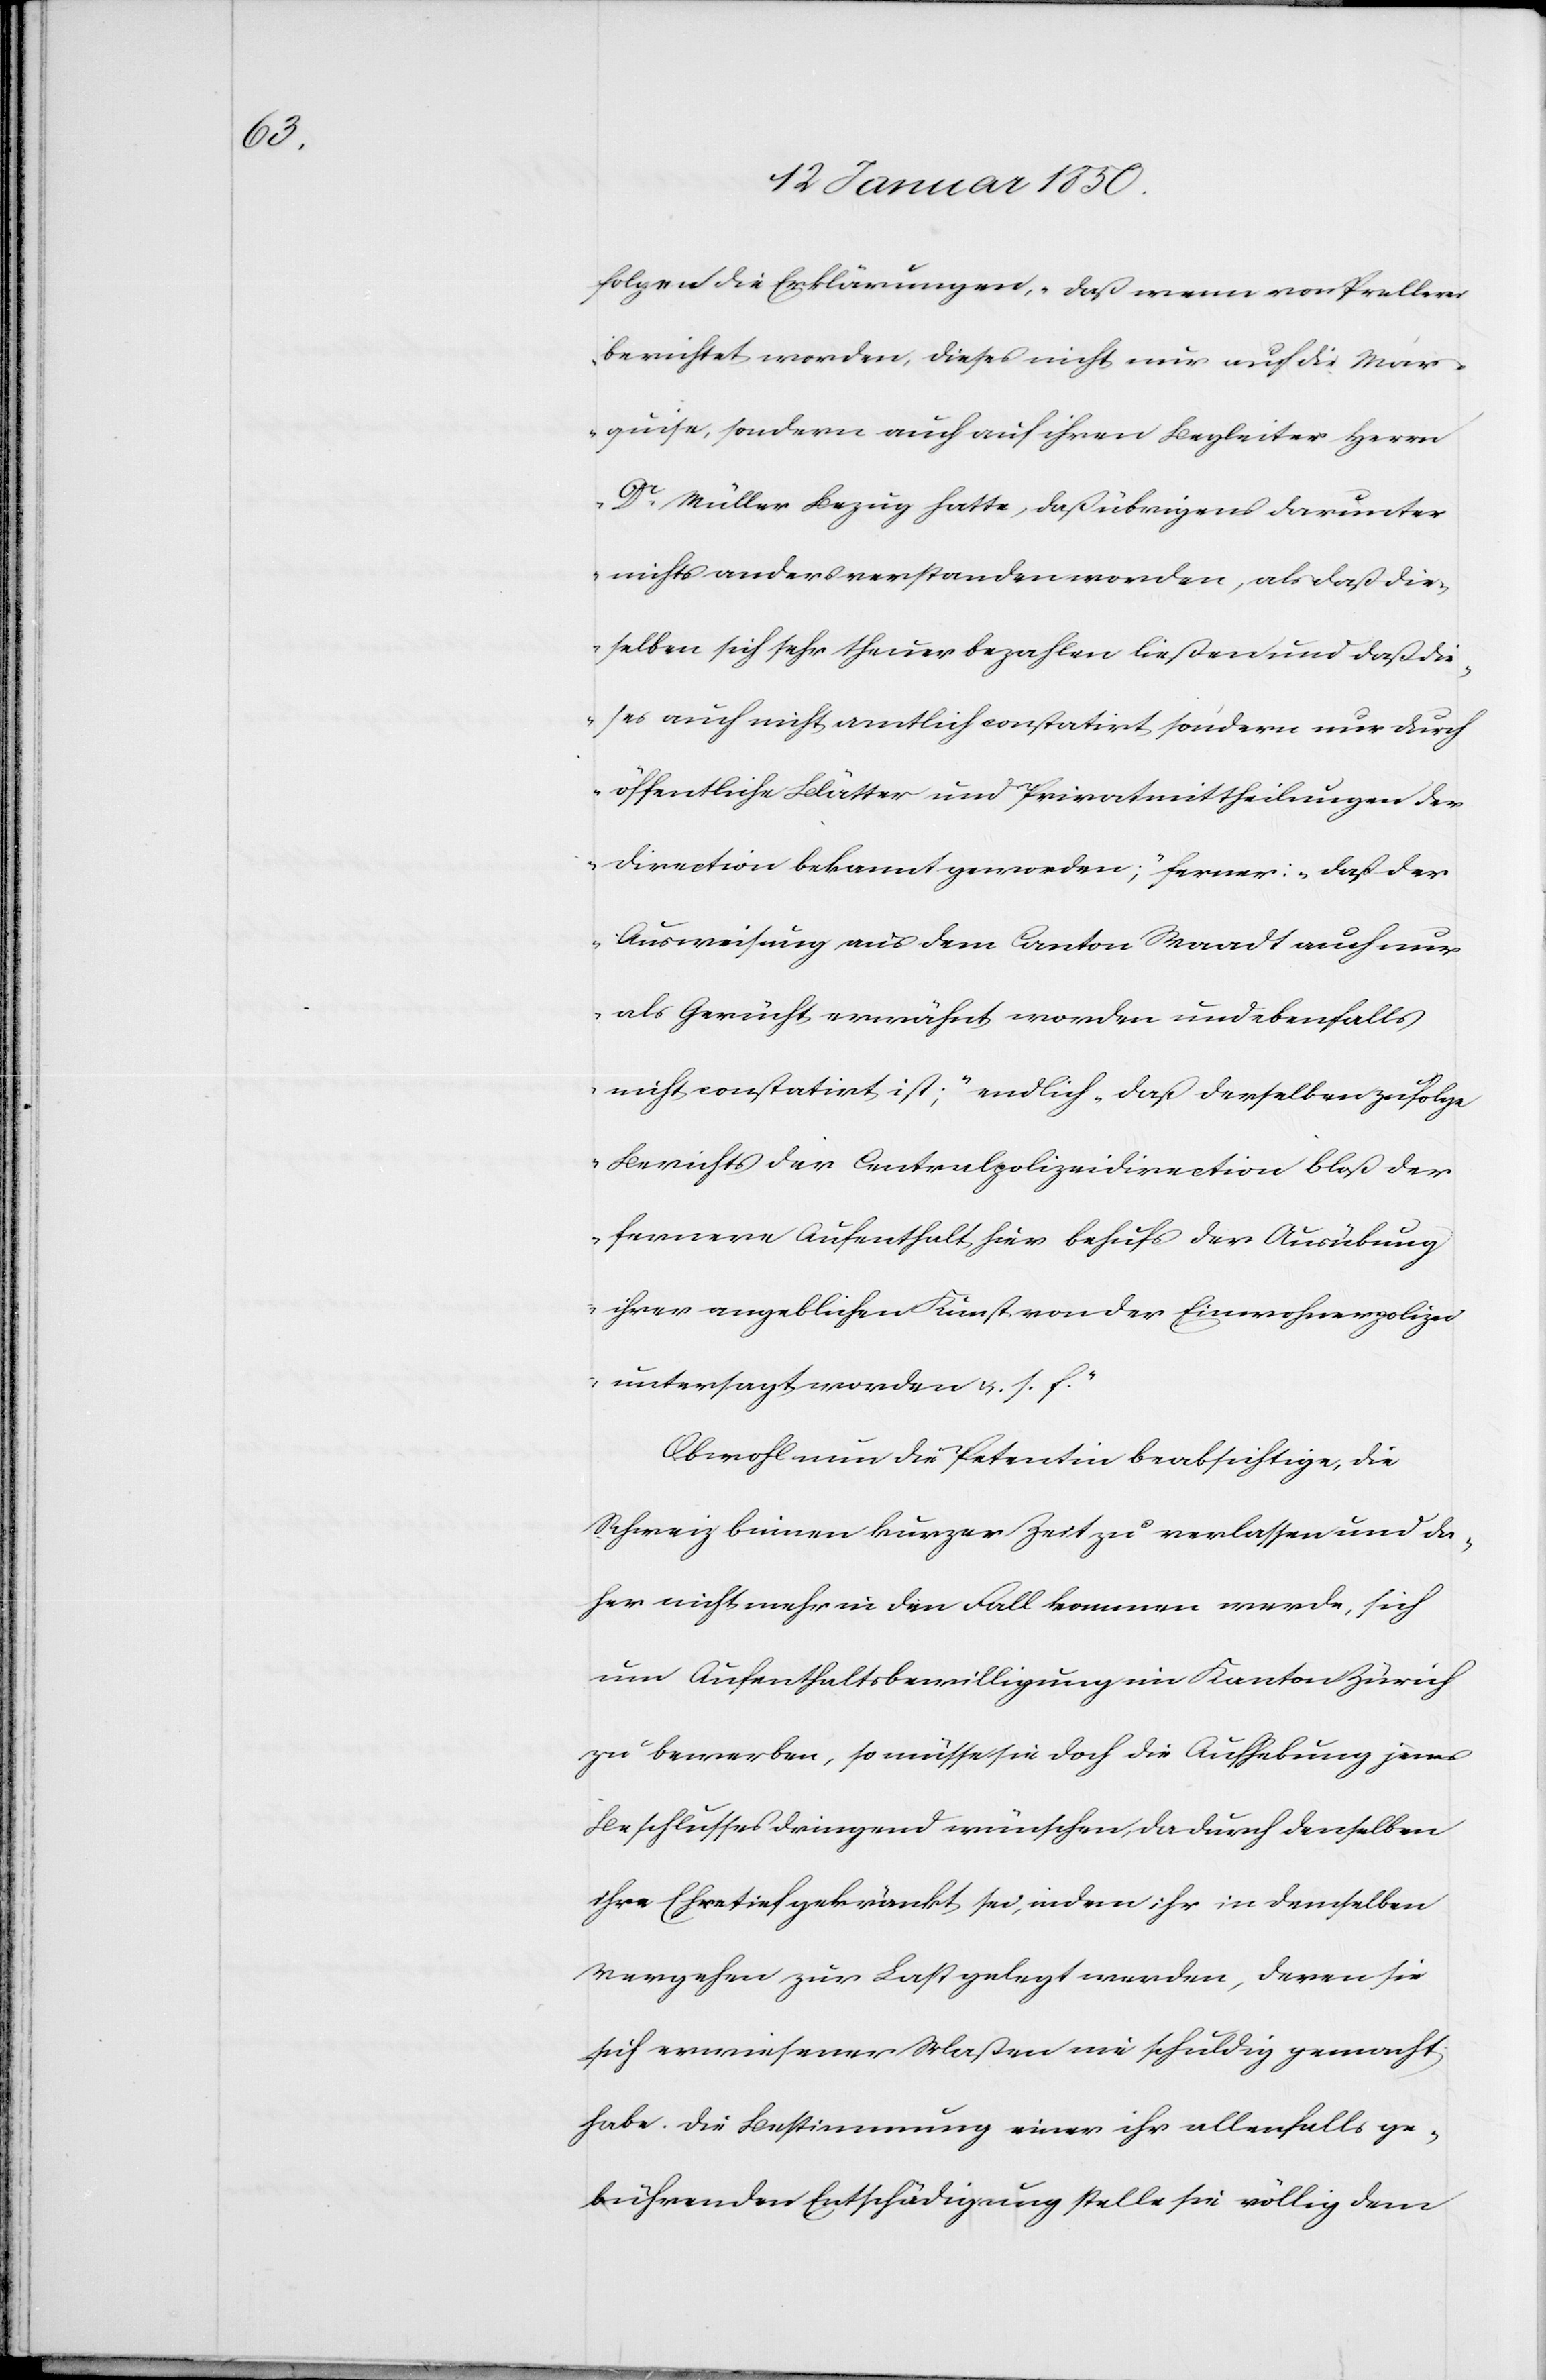
folgen die Erklärungen, „daß wenn von Prellerei
berichtet worden, dieses nicht nur auf die Mar¬
quise, sondern auch auf ihren Begleiter Herrn
Dr Müller Bezug hatte, daß übrigens darunter
nichts anders verstanden worden, als daß die¬
selben sich sehr theuer bezahlen ließen und daß die¬
ses auch nicht amtlich constatirt sondern nur durch
öffentliche Blätter und Privatmittheilungen der
Direction bekannt geworden“; ferner: „ daß der
Ausweisung aus dem Canton Waadt auch nur
als Gerücht erwähnt worden und ebenfalls
nicht constatirt ist“; endlich „daß derselben zufolge
Berichts der Centralpolizeidirection bloß der
fernere Aufenthalt, hier behufs der Ausübung
ihrer angeblichen Kunst von der Einwohnerpolizei
untersagt worden u. s. f.“
Obwohl nun die Petentin beabsichtige, die
Schweiz binnen kurzer Zeit zu verlassen und da¬
her nicht mehr in den Fall kommen werde, sich
um Aufenthaltsbewilligung im Kanton Zürich
zu bewerben, so müsse sie doch die Aufhebung jenes
Beschlusses dringend wünschen, da durch denselben
ihre Ehre tief gekränkt sei, indem ihr in demselben
Vergehen zur Last gelegt werden, deren sie
sich erwiesener Maßen nie schuldig gemacht
habe. Die Bestimmung einer ihr allenfalls ge¬
bührenden Entschädigung stelle sie völlig dem